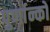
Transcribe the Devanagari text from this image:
पुर्णान्कों